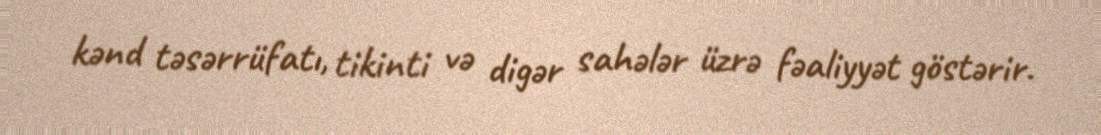
kənd təsərrüfatı, tikinti və digər sahələr üzrə fəaliyyət göstərir.